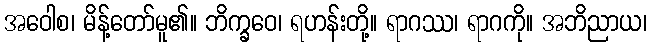
အဝေါစ၊ မိန့်တော်မူ၏။ ဘိက္ခဝေ၊ ရဟန်းတို့။ ရာဂဿ၊ ရာဂကို။ အဘိညာယ၊